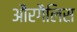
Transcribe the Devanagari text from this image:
औरगैलिस